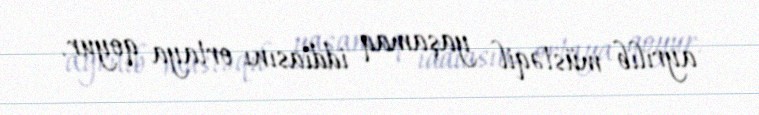
ayrılıb müstəqil yaşamaq iddiasını ortaya qoyur.